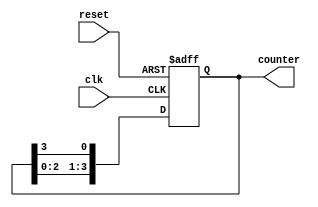
module variable_length_ring_counter #(
    parameter LENGTH = 4 // Default length of the ring counter (can be overridden)
)(
    input wire clk,        // Clock input
    input wire reset,      // Asynchronous reset
    output reg [LENGTH-1:0] counter // Output state of the ring counter
);

    // Internal state to hold the current position of '1'
    reg [LENGTH-1:0] state;

    // Asynchronous reset logic
    always @(posedge clk or posedge reset) begin
        if (reset) begin
            // Initialize the counter with '1' in the first position
            state <= {LENGTH-1{1'b0}} | 1'b1; // Set first position to '1'
        end else begin
            // Shift the '1' around the ring
            state <= {state[LENGTH-2:0], state[LENGTH-1]};
        end
    end

    // Assign the internal state to the output counter
    always @* begin
        counter = state;
    end

endmodule